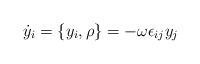
LaTeX: \begin{align*}\dot{y}_i = \{y_i, \rho \} = -\omega \epsilon_{ij} y_j\end{align*}